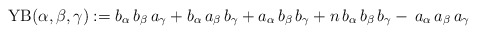
\begin{align*} \mathrm{YB}(\alpha, \beta, \gamma) := b_\alpha\,b_\beta\,a_\gamma +b_\alpha\,a_\beta\,b_\gamma+a_\alpha\,b_\beta\,b_\gamma+n\,b_\alpha\,b_\beta\,b_\gamma-\,a_\alpha\,a_\beta\,a_\gamma\end{align*}